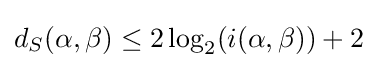
d_{S}(\alpha ,\beta )\leq 2\log _{2}(i(\alpha ,\beta ))+2